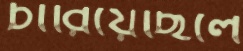
চারিয়েছিলে